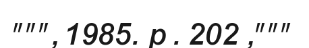
""", 1985. p . 202 ,"""